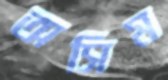
অসিম